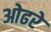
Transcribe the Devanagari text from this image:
ओढरे